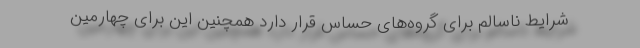
شرایط ناسالم برای گروه‌های حساس قرار دارد همچنین این برای چهارمین